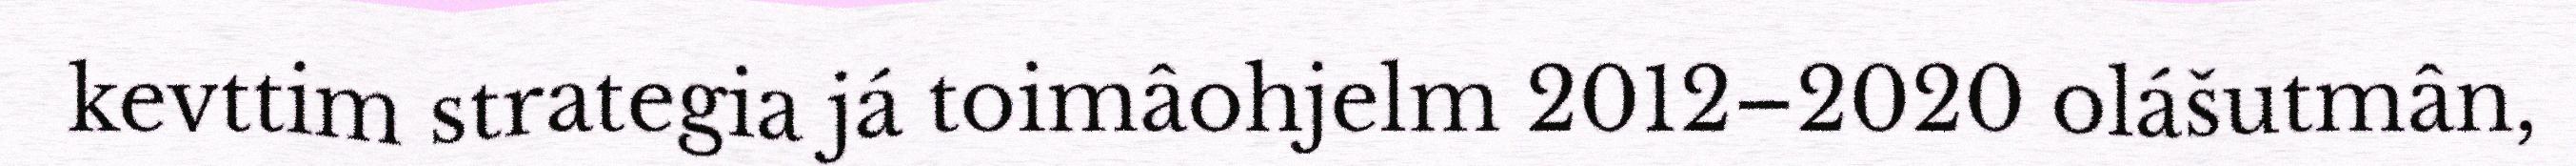
kevttim strategia já toimâohjelm 2012–2020 olášutmân,